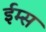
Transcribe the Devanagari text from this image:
ईम्स